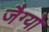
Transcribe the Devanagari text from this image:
जैग्यो